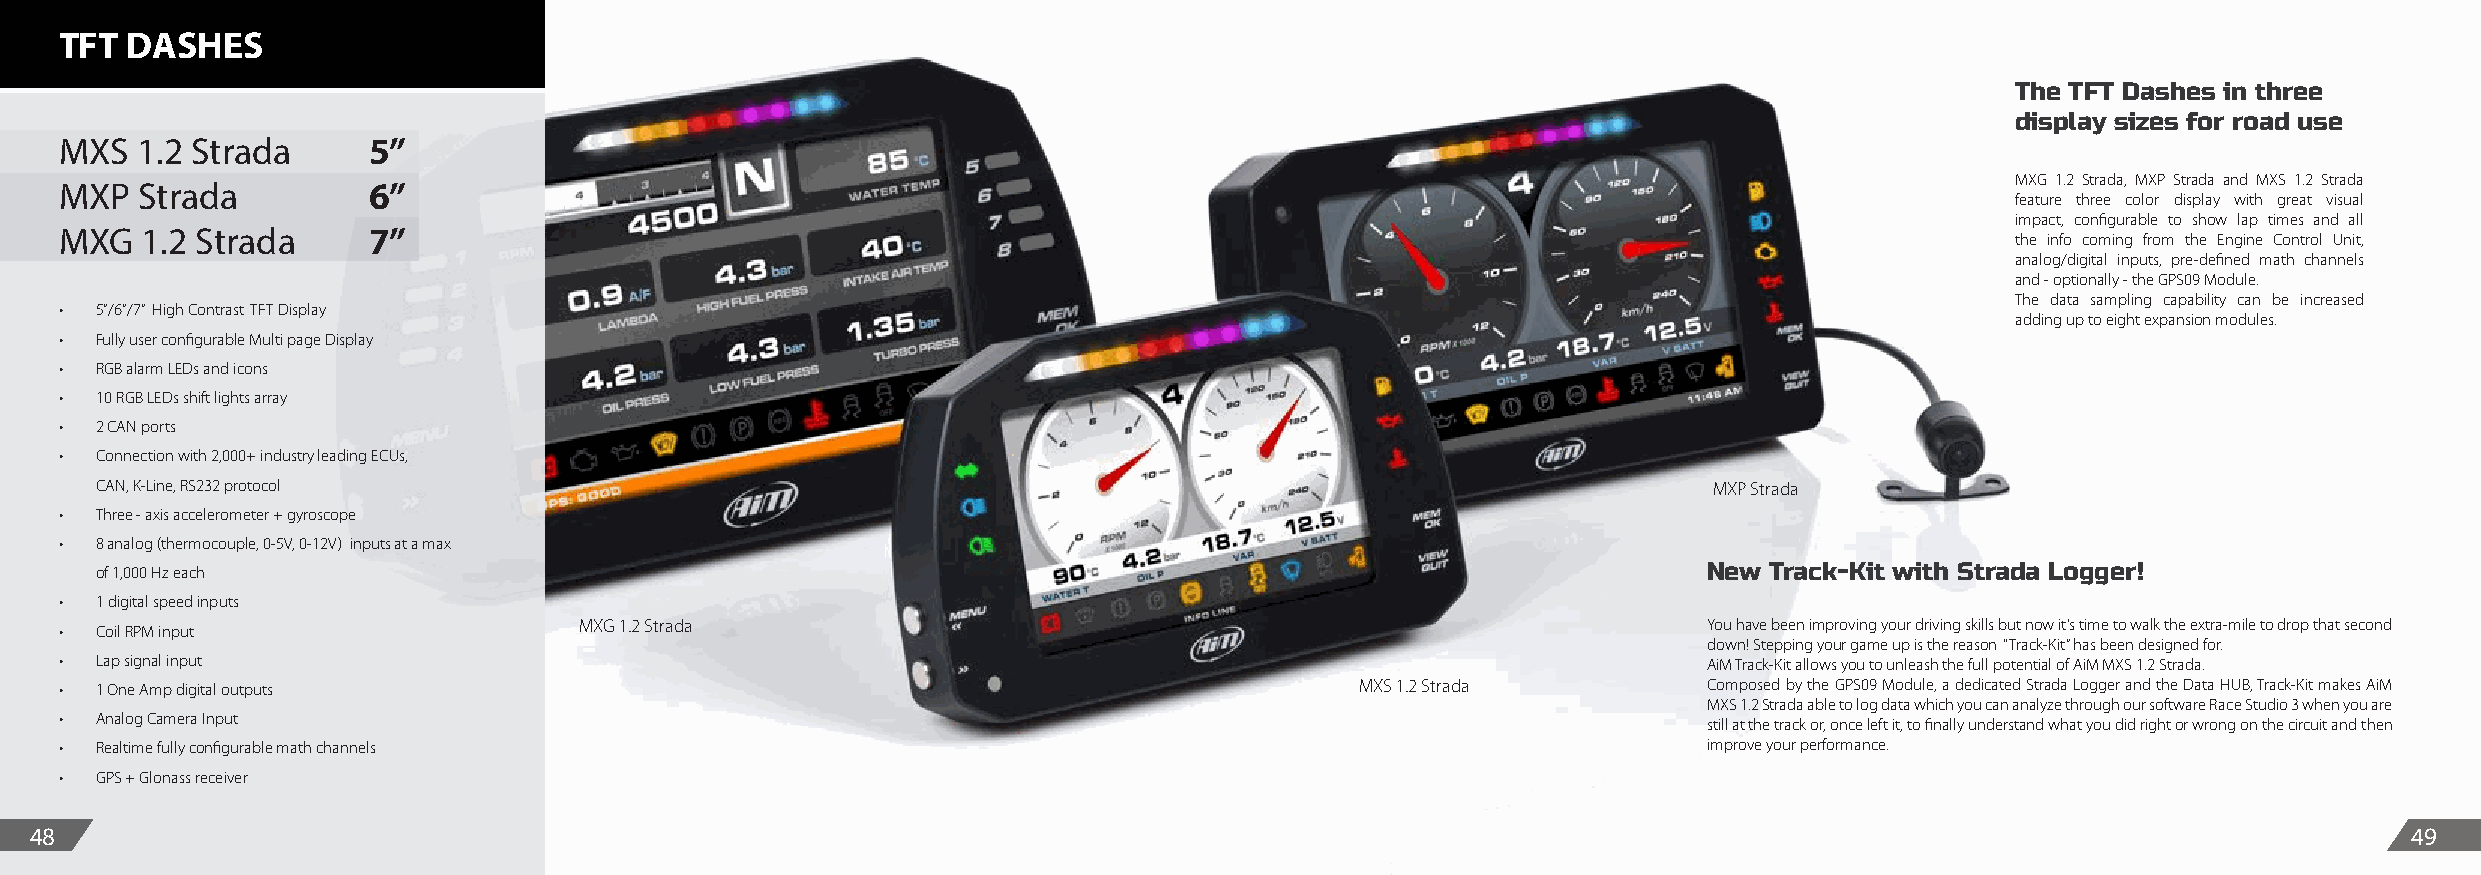
TFT DASHES
 The TFT Dashes in three
 display sizes for road use
 MXS  1.2 Strada     5”
 MXG 1.2 Strada, MXP Strada and MXS 1.2 Strada
 MXP  Strada         6”
 feature three color display with great visual
 impact, configurable to show lap times and all
 MXG  1.2 Strada     7”                                                                                                           the info coming from the Engine Control Unit,
 analog/digital inputs, pre-defined math channels
 and - optionally - the GPS09 Module.
 The data sampling capability can be increased
 • 5”/6”/7” High Contrast TFT Display
 adding up to eight expansion modules.
 • Fully user configurable Multi page Display
 • RGB alarm LEDs and icons
 • 10 RGB LEDs shift lights array
 • 2 CAN ports
 • Connection with 2,000+ industry leading ECUs,
 CAN, K-Line, RS232 protocol                                                                                MXP Strada
 • Three - axis accelerometer + gyroscope
 • 8 analog (thermocouple, 0-5V, 0-12V) inputs at a max
 of 1,000 Hz each                                                                                           New Track-Kit with Strada Logger!
 • 1 digital speed inputs
 MXG 1.2 Strada                                                             You have been improving your driving skills but now it’s time to walk the extra-mile to drop that second
 • Coil RPM input
 down! Stepping your game up is the reason “Track-Kit” has been designed for.
 • Lap signal input                                                                                           AiM Track-Kit allows you to unleash the full potential of AiM MXS 1.2 Strada.
 • 1 One Amp digital outputs                                                           MXS 1.2 Strada         Composed by the GPS09 Module, a dedicated Strada Logger and the Data HUB, Track-Kit makes AiM
 MXS 1.2 Strada able to log data which you can analyze through our software Race Studio 3 when you are
 • Analog Camera Input                                                                                        still at the track or, once left it, to finally understand what you did right or wrong on the circuit and then
 • Realtime fully configurable math channels                                                                  improve your performance.
 • GPS + Glonass receiver
 48                                                                                                                                                            49